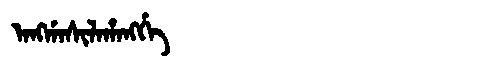
Manchu: ᠠᠩᡤᠠᠰᡳᠯᠠᡥᠠᠩᡤᡝ
Romanization: ANGGASILAHANGGE